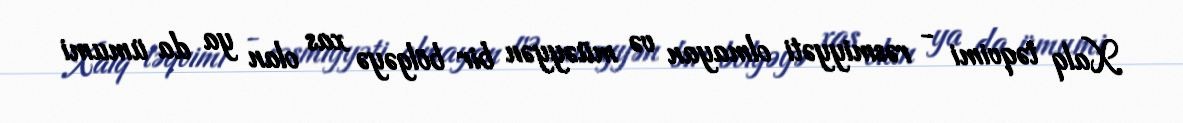
Xalq təqvimi - rəsmiyyəti olmayan və müəyyən bir bölgəyə xas olan ya da ümumi